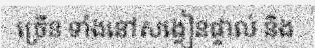
ច្រើន ទាំងនៅសង្វៀនផ្ទាល់ និង